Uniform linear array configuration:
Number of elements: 12
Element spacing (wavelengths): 0.5
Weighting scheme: binomial
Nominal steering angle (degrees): -30
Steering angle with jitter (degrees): -30.722
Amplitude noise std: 0.05
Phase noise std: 0.05

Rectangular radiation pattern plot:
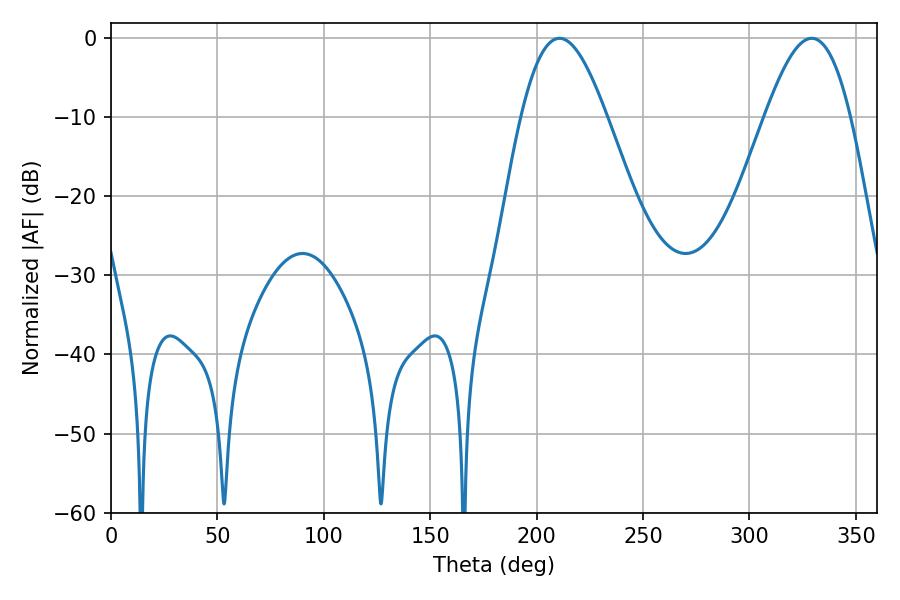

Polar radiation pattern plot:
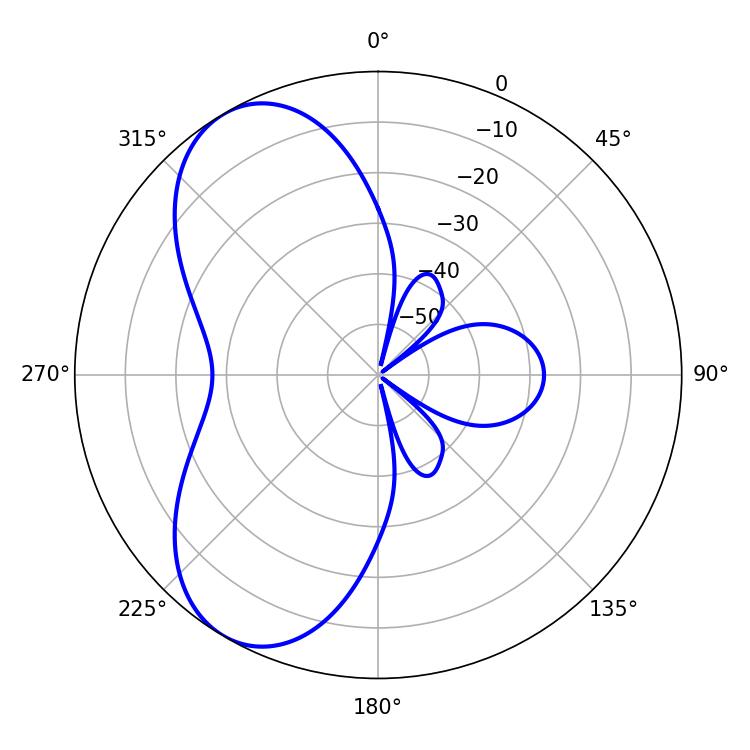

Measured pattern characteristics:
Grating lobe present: FALSE
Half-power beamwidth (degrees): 21.6
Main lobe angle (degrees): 210.78